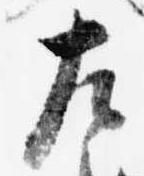
左